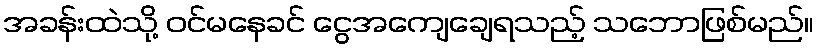
အခန်းထဲသို့ ဝင်မနေခင် ငွေအကျေချေရသည့် သဘောဖြစ်မည်။